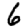
Digit: 6